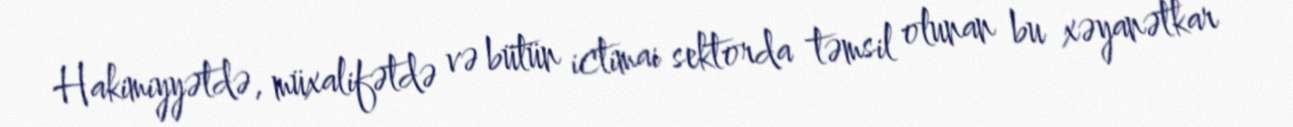
Hakimiyyətdə, müxalifətdə və bütün ictimai sektorda təmsil olunan bu xəyanətkar